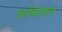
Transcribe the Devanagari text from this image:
धर्मकोशात